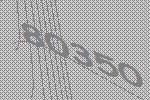
80350